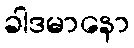
ခါဒမာနော